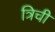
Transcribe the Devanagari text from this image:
त्रिची